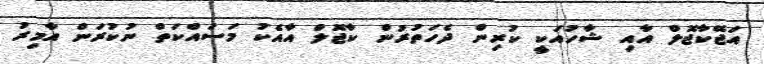
އަޖޭކާޖޮލް އާއި ޝާހުއަކީ ކުރިން ދެހަތުރުން ކާޖޮލް އާއެކު މަސައްކަތް ނުކުރަން އާމިރު